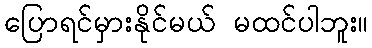
ပြောရင်မှားနိုင်မယ် မထင်ပါဘူး။